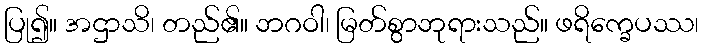
ပြု၍။ အဌာသိ၊ တည်၏။ ဘဂဝါ၊ မြတ်စွာဘုရားသည်။ ဖရိက္ခေပဿ၊